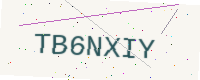
Text: TB6NXIY